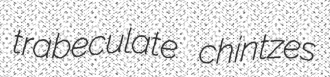
trabeculate chintzes